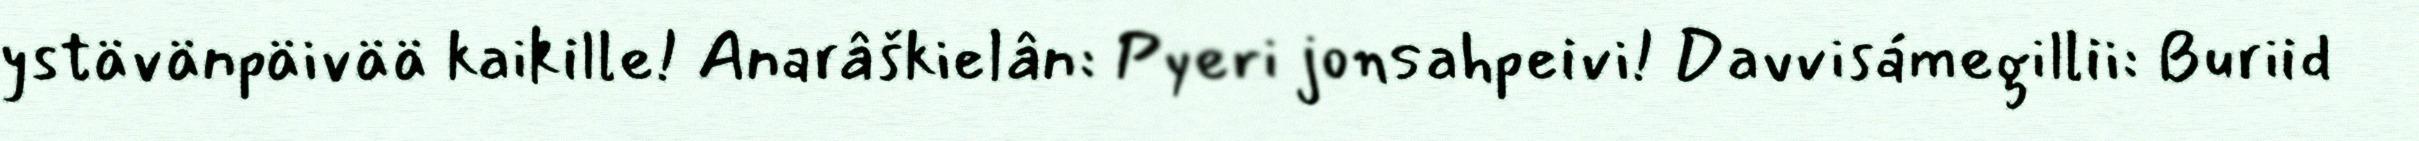
ystävänpäivää kaikille! Anarâškielân: Pyeri jonsahpeivi! Davvisámegillii: Buriid